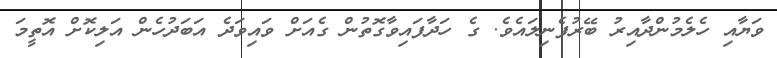
ވަޔާއި ހެލެމުންދާއިރު ބޭރުފެނިލައެވެ. ގެ ހަދާފައިވާގޮތުން ގެއަށް ވައިވަދެ އަބަދުހެން އަލިކޮށް އޮތީމަ